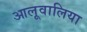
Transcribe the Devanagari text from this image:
आलूवालिया